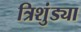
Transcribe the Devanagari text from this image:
त्रिशुंड्या